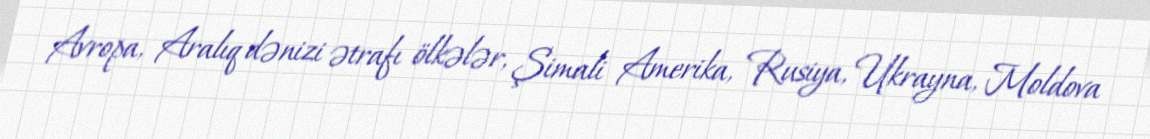
Avropa, Aralıq dənizi ətrafı ölkələr, Şimali Amerika, Rusiya, Ukrayna, Moldova